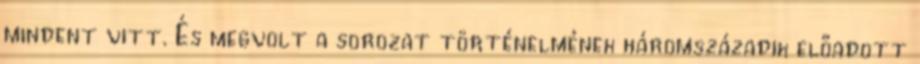
mindent vitt. És megvolt a sorozat történelmének háromszázadik előadott